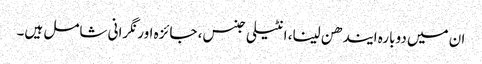
ان میں دوبارہ ایندھن لینا، انٹیلی جنس، جائزہ اور نگرانی شامل ہیں۔